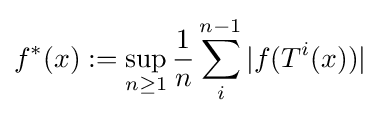
f^{*}(x):=\sup _{n\geq 1}{\frac {1}{n}}\sum _{i}^{n-1}|f(T^{i}(x))|